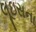
લૂઇસના